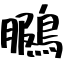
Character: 鵩